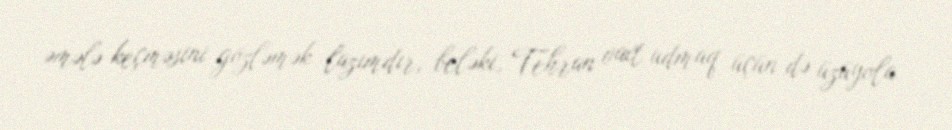
əmələ keçməsini gözləmək lazımdır, beləki, Tehran vaxt udmaq üçün də üzüyola